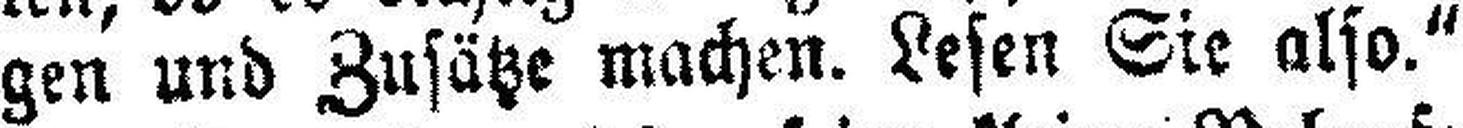
gen und Zusätze machen. Lesen Sie also.“